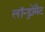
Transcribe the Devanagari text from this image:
लॉन्ड्रोमैट